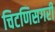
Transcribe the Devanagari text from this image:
चिटणिसगरी